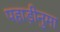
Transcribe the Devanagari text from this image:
पहाड़ीनुमा